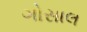
ગોસાલ